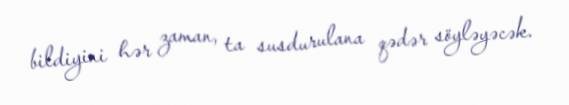
bildiyini hər zaman, ta susdurulana qədər söyləyəcək.